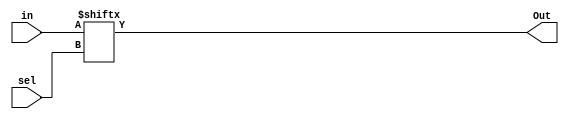
module mux_16_to_1(in, sel, Out);
  input [15:0] in;
  input [3:0] sel;
  output Out;

  assign Out = in[sel];
  
endmodule